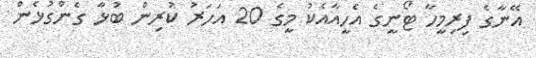
އޭނާގެ ފިރިމީހާ ޓޯނީގެ އެހީއާއެކު މީގެ 20 އަހަރު ކުރިން ބުޅާ ގެންގުޅެން